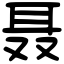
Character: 聂